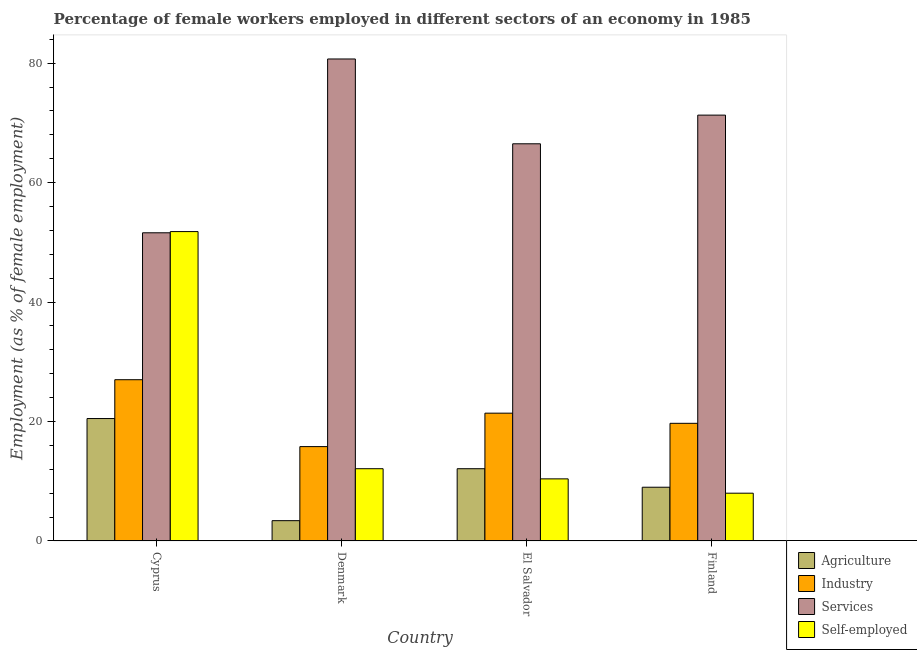
| Country | Agriculture | Industry | Services | Self-employed |
 | --- | --- | --- | --- | --- |
 | Cyprus | 20.5 | 27 | 51.6 | 51.8 |
 | Denmark | 3.4 | 15.8 | 80.7 | 12.1 |
 | El Salvador | 12.1 | 21.4 | 66.5 | 10.4 |
 | Finland | 9 | 19.7 | 71.3 | 8 |